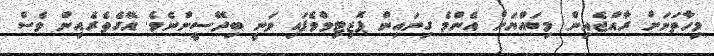
މިހާތަނަށް ރާއްޖެއިން މިބައްޔަށް އެންމެ ގިނައިން ޕޮޒިޓިވްވެފައި ވަނީ ބިދޭސީންނެވެ. އޭގެތެރެއިން ވެސް